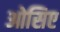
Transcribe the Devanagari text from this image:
ओसिए